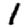
Digit: 1